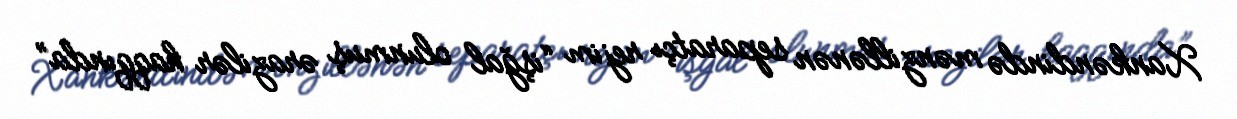
Xankəndində mənzillənən separatçı rejim “işğal olunmuş ərazilər haqqında”